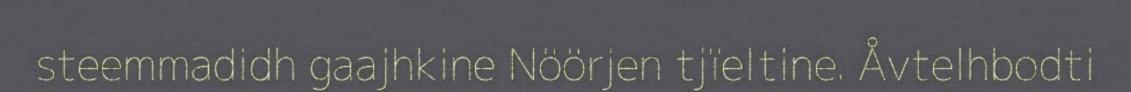
steemmadidh gaajhkine Nöörjen tjïeltine. Åvtelhbodti